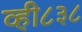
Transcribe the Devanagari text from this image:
व्ही८३८